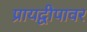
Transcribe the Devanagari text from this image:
प्रायद्वीपावर